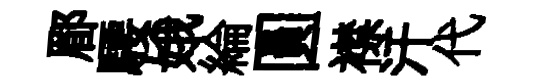
郿騕娥綸圓襟汗代